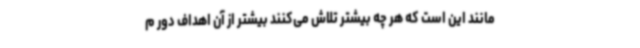
مانند این است که هر چه بیشتر تلاش می‌کنند بیشتر از آن اهداف دور م